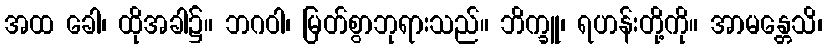
အထ ခေါ၊ ထိုအခါ၌။ ဘဂဝါ၊ မြတ်စွာဘုရားသည်။ ဘိက္ခူ၊ ရဟန်းတို့ကို။ အာမန္တေသိ၊